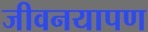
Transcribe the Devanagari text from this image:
जीवनयापण